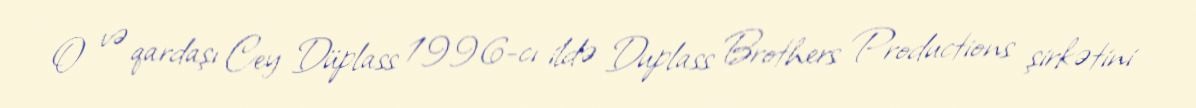
O və qardaşı Cey Düplass 1996-cı ildə Duplass Brothers Productions şirkətini